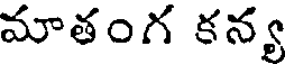
మాతంగ కన్య